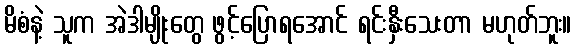
မိစံနဲ့ သူက အဲဒါမျိုးတွေ ဖွင့်ပြောရအောင် ရင်းနှီးသေးတာ မဟုတ်ဘူး။